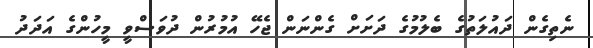
ނެތިގެން ދައުލަތުގެ ބެލުމުގެ ދަށަށް ގެންނަން ޖެހޭ އުމުރުން ދުވަސްވީ މީހުންގެ އަދަދު